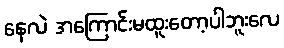
နေလဲ အကြောင်းမထူးတော့ပါဘူးလေ